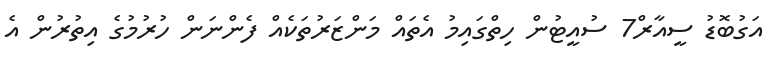
އަގުބޮޑު ސީއާރް7 ސުއީޓުން ހިތްގައިމު އެތައް މަންޒަރުތަކެއް ފެންނަން ހުރުމުގެ އިތުރުން އެ